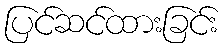
ပြင်ဆင်ထားခြင်း